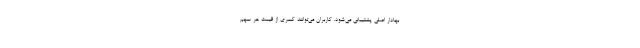
بهادار اصلی پشتیبانی می‌شود. کاربران می‌توانند کسری از قیمت هر سهم